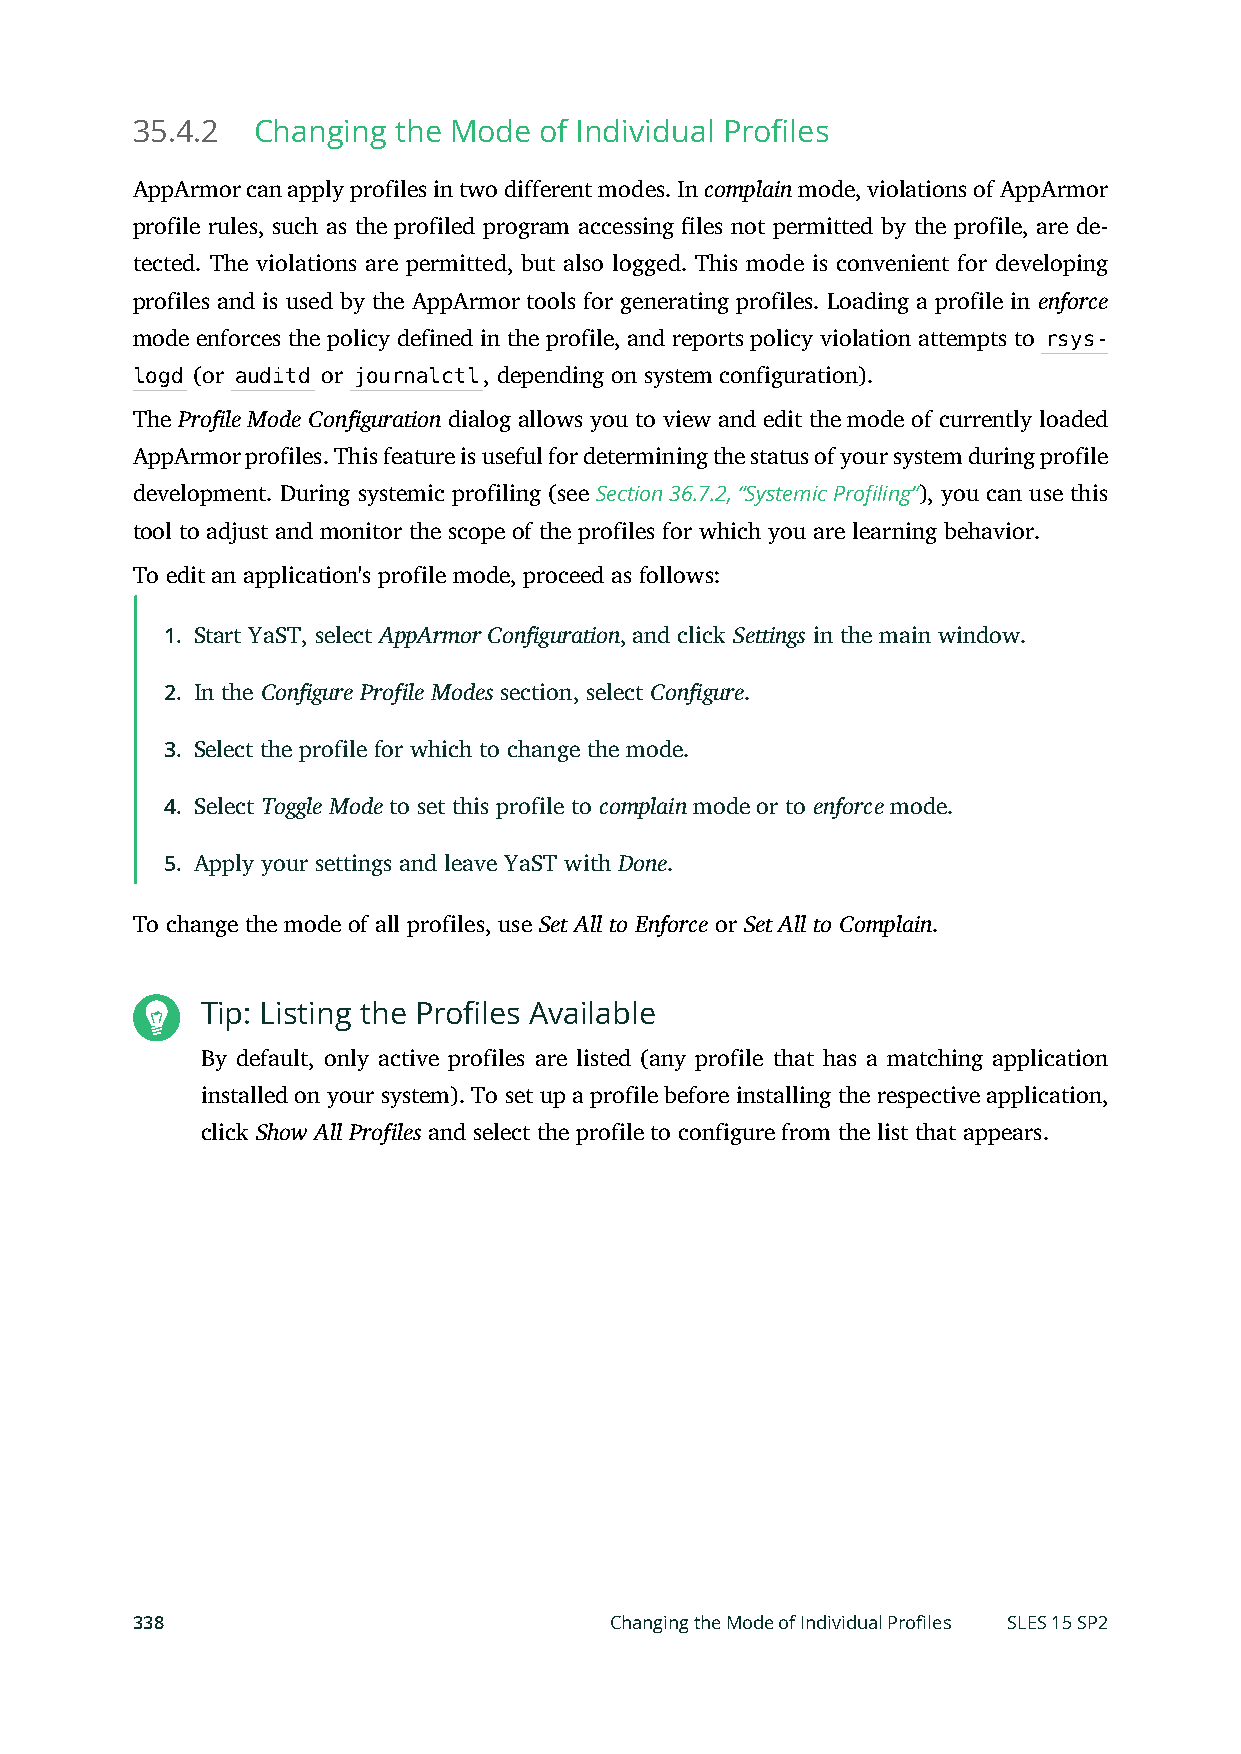
35.4.2  Changing the Mode  of Individual Profiles
 AppArmor can apply profiles in two different modes. In complain mode, violations of AppArmor
 profile rules, such as the profiled program accessing les not permitted by the profile, are de-
 tected. The violations are permitted, but also logged. This mode is convenient for developing
 profiles and is used by the AppArmor tools for generating profiles. Loading a profile in enforce
 mode enforces the policy defined in the profile, and reports policy violation attempts to rsys-
 logd (or auditd or journalctl, depending on system configuration).
 The Profile Mode Configuration dialog allows you to view and edit the mode of currently loaded
 AppArmor profiles. This feature is useful for determining the status of your system during profile
 development. During systemic profiling (see Section 36.7.2, “Systemic Profiling”), you can use this
 tool to adjust and monitor the scope of the profiles for which you are learning behavior.
 To edit an application's profile mode, proceed as follows:
 1. Start YaST, select AppArmor Configuration, and click Settings in the main window.
 2. In the Configure Profile Modes section, select Configure.
 3. Select the profile for which to change the mode.
 4. Select Toggle Mode to set this profile to complain mode or to enforce mode.
 5. Apply your settings and leave YaST with Done.
 To change the mode of all profiles, use Set All to Enforce or Set All to Complain.
 Tip: Listing the Profiles Available
 By default, only active profiles are listed (any profile that has a matching application
 installed on your system). To set up a profile before installing the respective application,
 click Show All Profiles and select the profile to configure from the list that appears.
 338                            Changing the Mode of Individual Profiles SLES 15 SP2